Triennial report on the lunatic asylums in the province of Eastern Bengal and Assam - 1903-1911
Year: 1903
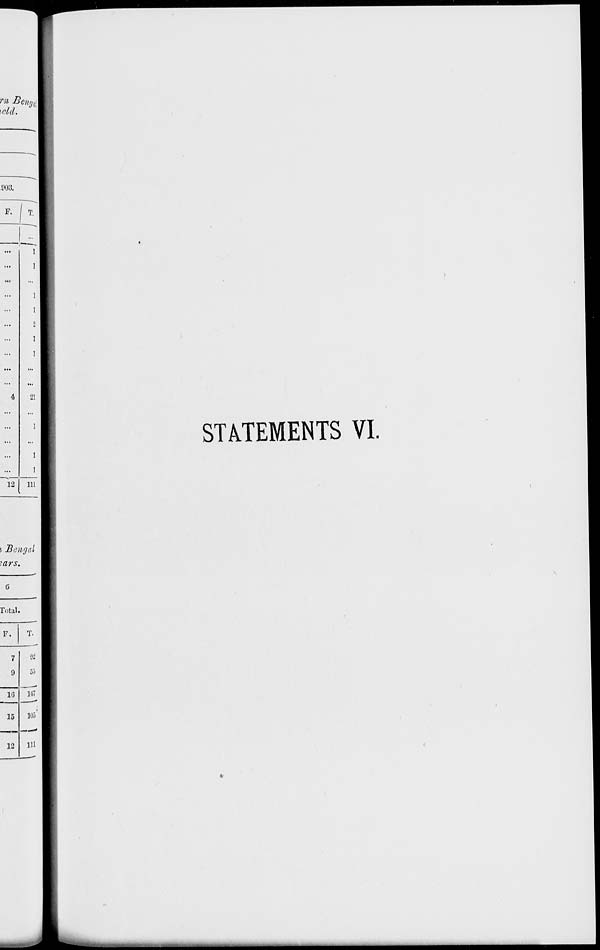
STATEMENTS VI.